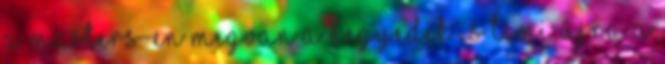
a Masters-en Megvan a negyedik is Timi újra a